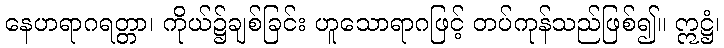
နေဟရာဂရတ္တာ၊ ကိုယ်၌ချစ်ခြင်း ဟူသောရာဂဖြင့် တပ်ကုန်သည်ဖြစ်၍။ ဣဋ္ဌံ၊